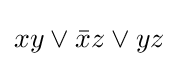
xy\vee {\bar {x}}z\vee yz